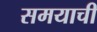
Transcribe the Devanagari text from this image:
समयाची